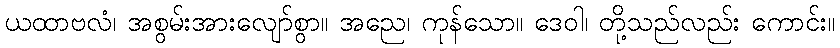
ယထာဗလံ၊ အစွမ်းအားလျော်စွာ။ အညေ၊ ကုန်သော။ ဒေဝါ၊ တို့သည်လည်း ကောင်း။